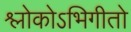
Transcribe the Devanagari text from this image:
श्लोकोऽभिगीतो